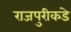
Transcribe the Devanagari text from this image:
राजपुरीकडे